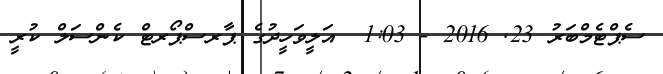
ސެޕްޓެމްބަރު 23